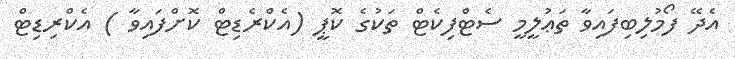
އެދޭ ފޯމުލިބިފައިވާ ތަޢުލީމީ ސެޓްފިކެޓް ތަކުގެ ކޮޕީ (އެކްރެޑިޓް ކޮށްފައިވާ ) އެކްރިޑިޓް